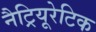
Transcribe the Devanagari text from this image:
नैट्रियूरेटिक